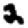
Digit: 2